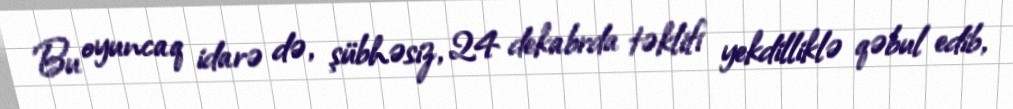
Bu oyuncaq idarə də, şübhəsiz, 24 dekabrda təklifi yekdilliklə qəbul edib,